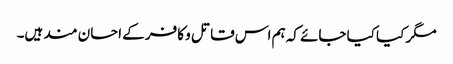
مگر کیا کیا جائے کہ ہم اس قاتل و کافر کے احسان مند ہیں۔